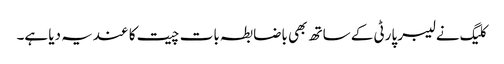
کلیگ نے لیبر پارٹی کے ساتھ بھی باضابطہ بات چیت کا عندیہ دیا ہے۔